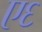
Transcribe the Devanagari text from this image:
ए६